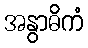
အနွာဓိကံ